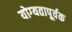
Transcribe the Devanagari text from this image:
योग्‍यतापूर्वक